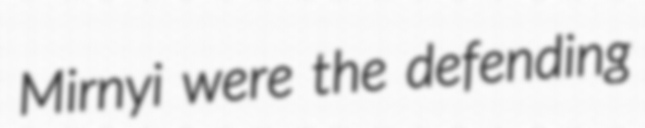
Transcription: Mirnyi were the defending